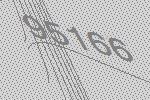
95166